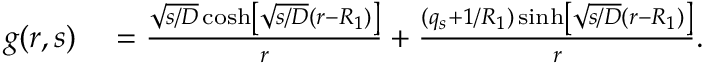
\begin{array} { r l } { g ( r , s ) } & { { } = \frac { \sqrt { s / D } \cosh \left[ \sqrt { s / D } ( r - R _ { 1 } ) \right] } { r } + \frac { ( q _ { s } + 1 / R _ { 1 } ) \sinh \left[ \sqrt { s / D } ( r - R _ { 1 } ) \right] } { r } . } \end{array}